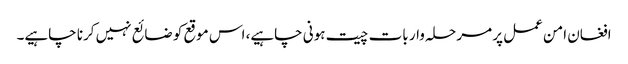
افغان امن عمل پر مرحلہ وار بات چیت ہونی چاہیے، اس موقع کو ضائع نہیں کرنا چاہیے۔